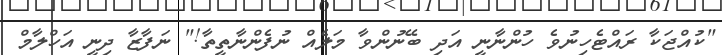
"ކުއްޖަކާ ރައްޓެހިނުވެ ހުންނާނީ އަދި ބޭނުންވާ މަލެއް ނުފެންނާތީތާ!" ނަފާޒާ ދިނީ އަހްލާމް